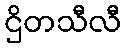
ဌိတသီလီ